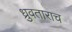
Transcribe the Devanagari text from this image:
ध्रुवताराच